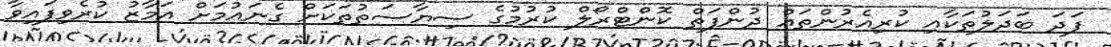
ފަދަ ބަދަލުތަކާއި ކުރިއެރުންތައް ދުންފަތް ކޮންޓްރޯލް ކުރުމުގެ ސިޔާސަތުތަކަށް ގެނައުމަށް އަމާޒު ކުރެވިފައިވާ